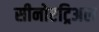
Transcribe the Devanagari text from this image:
सीनोएट्रिअल